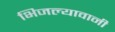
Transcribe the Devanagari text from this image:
भिजल्यावानी